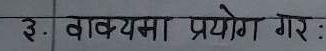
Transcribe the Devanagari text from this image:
३. वाक्यमा प्रयोग गर :